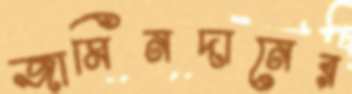
জামিনদানের